Report of the King Institute of Preventive Medicine, Guindy
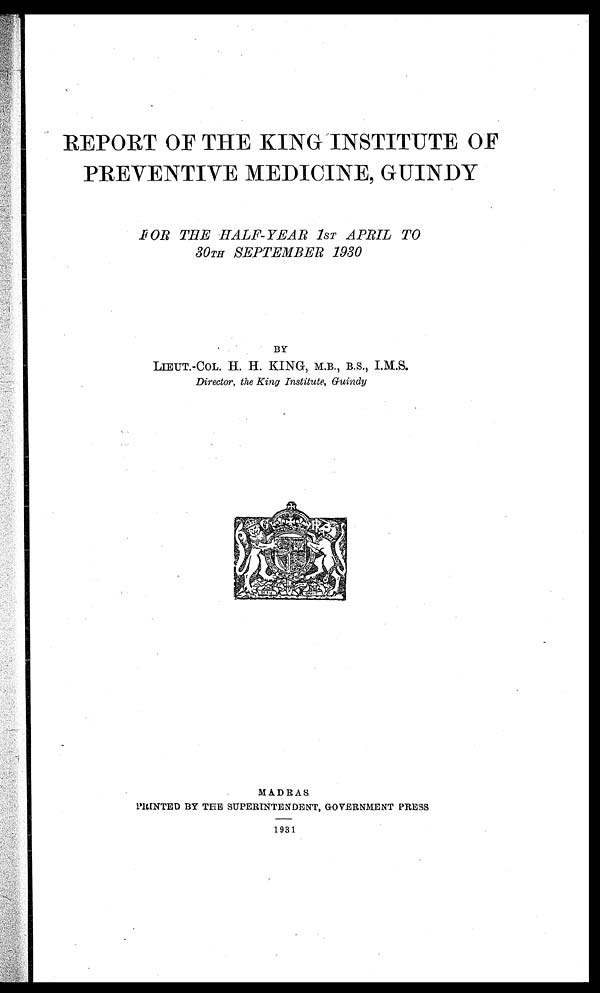
REPORT OF THE KING INSTITUTE OF
PREVENTIVE MEDICINE, GUINDY
F O R T H E H A L F - Y E A R 1 S T A P R I L T O
30TH SEPTEMBER 1930
BY
LIEUT.-COL. H. H. KING, M.B., B.S., I.M.S.
Director, the King Institute, Guindy
MADRAS
PRINTED BY THE SUPERINTENDENT, GOVERNMENT PRESS
1931